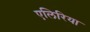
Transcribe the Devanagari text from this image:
एलिरिया